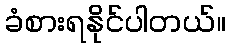
ခံစားရနိုင်ပါတယ်။